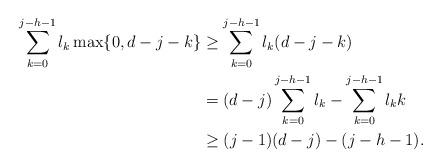
LaTeX: \begin{align*}\sum_{k=0}^{j-h-1} l_k \max \{0,d-j-k\} & \geq \sum_{k=0}^{j-h-1} l_k (d-j-k) \\& = (d-j) \sum_{k=0}^{j-h-1} l_k - \sum_{k=0}^{j-h-1} l_k k \\& \geq (j-1)(d-j) - (j-h-1). \end{align*}